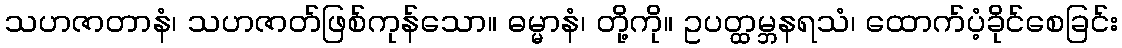
သဟဇာတာနံ၊ သဟဇာတ်ဖြစ်ကုန်သော။ ဓမ္မာနံ၊ တို့ကို။ ဥပတ္ထမ္ဘနရသံ၊ ထောက်ပံ့ခိုင်စေခြင်း